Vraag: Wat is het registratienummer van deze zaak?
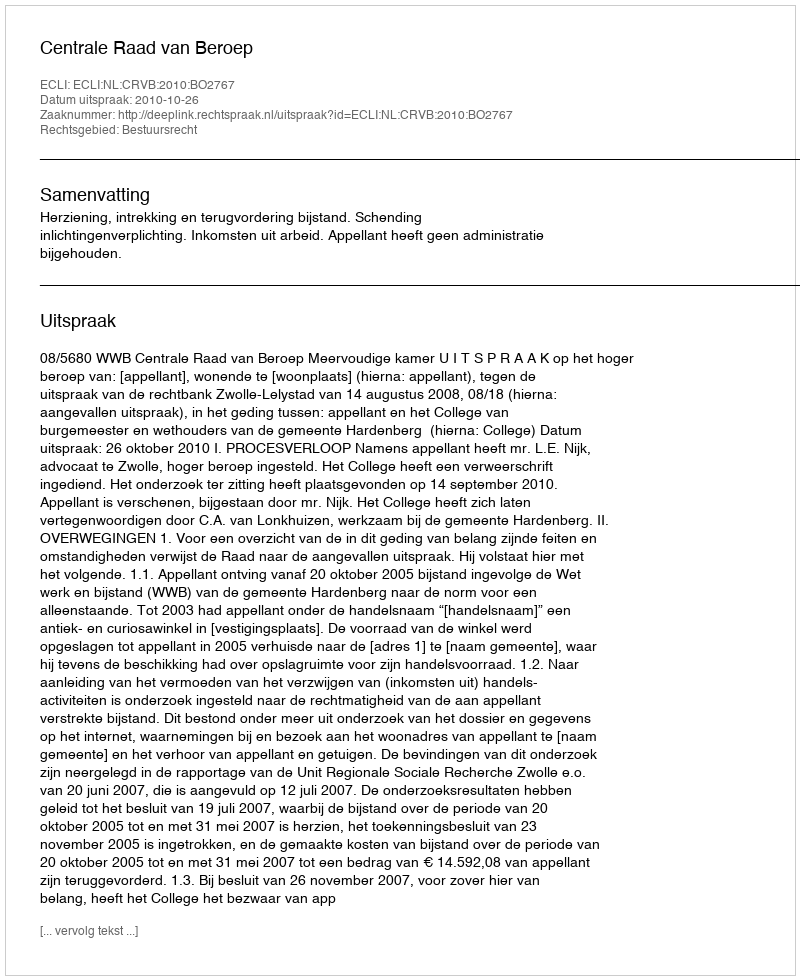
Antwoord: http://deeplink.rechtspraak.nl/uitspraak?id=ECLI:NL:CRVB:2010:BO2767